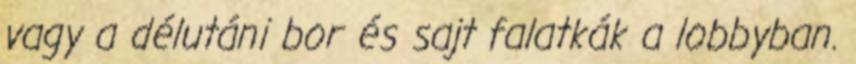
vagy a délutáni bor és sajt falatkák a lobbyban.